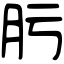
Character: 肟